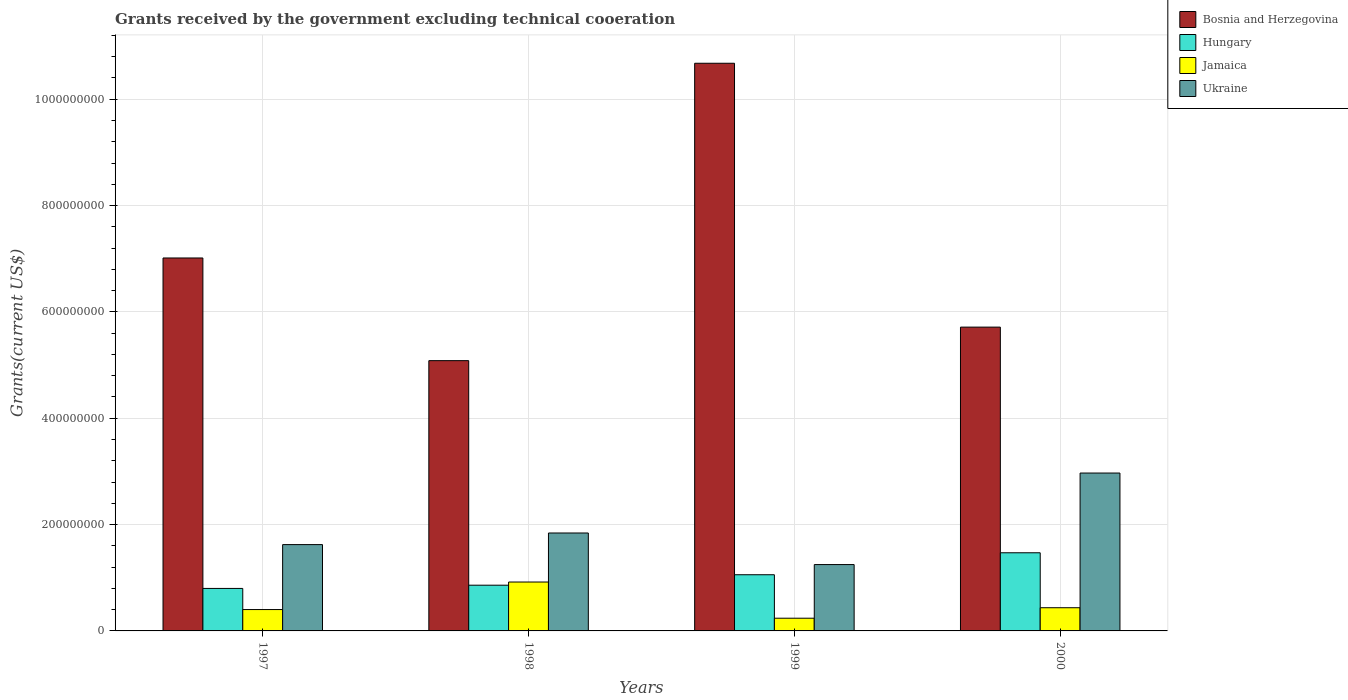
| Years | Bosnia and Herzegovina | Hungary | Jamaica | Ukraine |
 | --- | --- | --- | --- | --- |
 | 1997 | 7.01e+08 | 7.99e+07 | 4.02e+07 | 1.62e+08 |
 | 1998 | 5.08e+08 | 8.6e+07 | 9.2e+07 | 1.84e+08 |
 | 1999 | 1.07e+09 | 1.06e+08 | 2.39e+07 | 1.25e+08 |
 | 2000 | 5.71e+08 | 1.47e+08 | 4.36e+07 | 2.97e+08 |